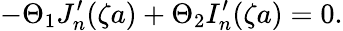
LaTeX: -\Theta_{1}J_{n}^{\prime}(\zeta a)+\Theta_{2}I_{n}^{\prime}(\zeta a)=0.